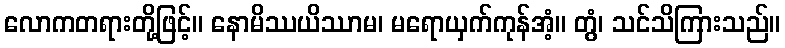
လောကတရားတို့ဖြင့်။ နောမိဿယိဿာမ၊ မရောယှက်ကုန်အံ့။ တွံ၊ သင်သိကြားသည်။